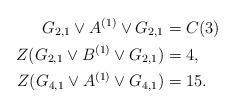
LaTeX: \begin{align*} G_{2,1}\vee A^{(1)} \vee G_{2,1}&=C(3)\\ Z(G_{2,1}\vee B^{(1)} \vee G_{2,1})&=4,\\ Z(G_{4,1}\vee A^{(1)}\vee G_{4,1})&= 15. \end{align*}